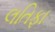
લતિફા